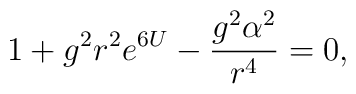
1+g^{2}r^{2}e^{6U}-\frac{g^{2}\alpha ^{2}}{r^{4}}=0,